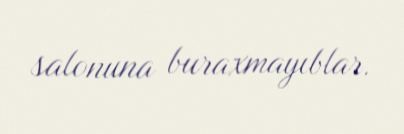
salonuna buraxmayıblar.